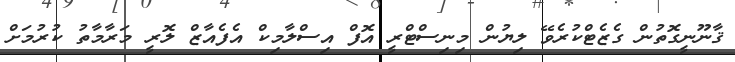
ޤާނޫނީގޮތުން ގެޒެޓްކުރެވޭ ލިޔުން މިނިސްޓްރީ އޮފް އިސްލާމިކް އެފެއާޒް ލޮރީ މަރާމާތު ކުރުމަށް